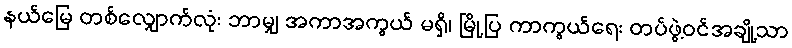
နယ်မြေ တစ်လျှောက်လုံး ဘာမျှ အကာအကွယ် မရှိ၊ မြို့ပြ ကာကွယ်ရေး တပ်ဖွဲ့ဝင်အချို့သာ